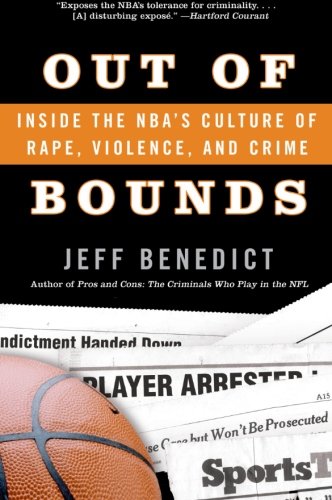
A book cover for Out of Bounds: Inside the NBA's Culture of Rape, Violence, and Crime; Jeff Benedict; Law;